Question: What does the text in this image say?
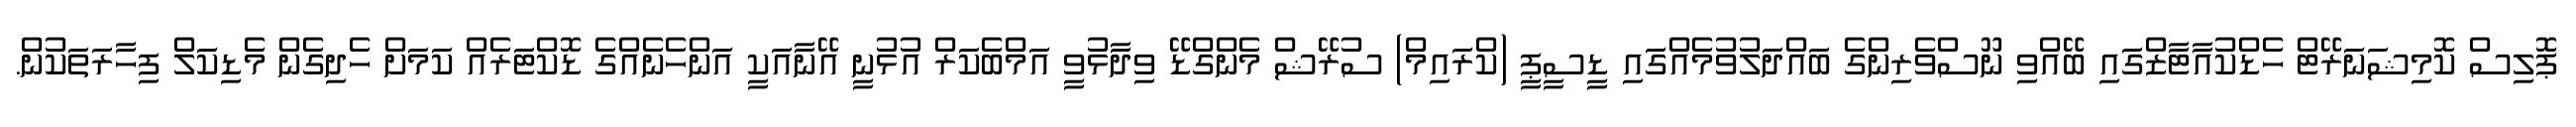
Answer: ޕޮލިސް ކޮމިޝަނަރޭޓް ހެޑްކުއާޓާޒްގައި ބޭއްވި ނޫސްވެރިންގެ ބައްދަލުވުމެއްގައި ޑީސީޕީ (ކްރައިމް) ސުރޭޝް މެންގްޑޭ ވިދާޅުވީ އަމްބެކަރް އުޅުނީ އޭނާއަކީ އަންހެނެއްގެ ޑޮކްޓަރެއް ކަމަށް ހެދިގެން މެޑިކަލް ފިހާރަތަކުން.